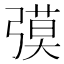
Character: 𰐟